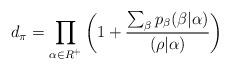
LaTeX: \begin{align*}d_\pi = \prod_{\alpha \in R^+} \left( 1 +\frac{\sum_{\beta} p_\beta (\beta|\alpha)}{(\rho | \alpha)}\right)\end{align*}